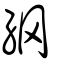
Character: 网